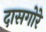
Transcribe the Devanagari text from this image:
दासगोरे